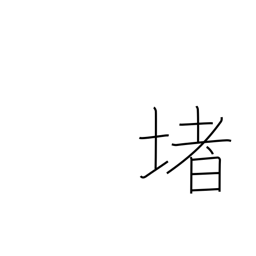
Meaning: railing